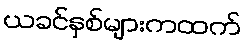
ယခင်နှစ်များကထက်